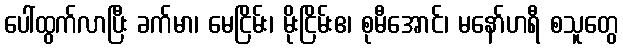
ပေါ်ထွက်လာပြီး ခက်မာ၊ မေငြိမ်း၊ မိုးငြိမ်းဧ၊ စုမီအောင်၊ မနော်ဟရီ စသူတွေ